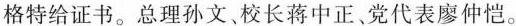
格特给证书。总理孙文、校长蒋中正、党代表廖仲恺。